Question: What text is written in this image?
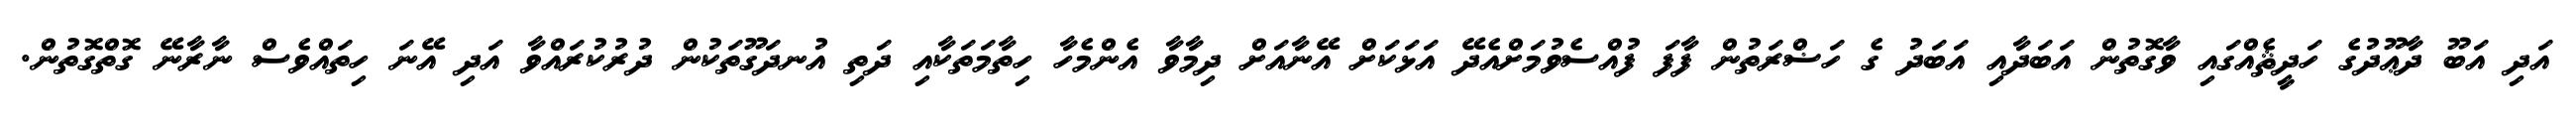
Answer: އަދި އަބޫ ދާޢޫދުގެ ހަދީޘެއްގައި ވާގޮތުން އަބަދާއި އަބަދު ގެ ހަޟްރަތުން ފާފަ ފުއްސެވުމަށްއެދޭ އަޅަކަށް އޭނާއަށް ދިމާވާ އެންމެހާ ހިތާމަތަކާއި ދަތި އުނދަގޫތަކުން ދުރުކުރައްވާ އަދި އޭނަ ހިތައްވެސް ނާރާނޭ ގޮތްގޮތުން.